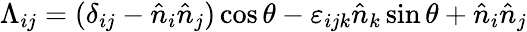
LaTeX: \Lambda_{ij}=(\delta_{ij}-{\hat{n}}_{i}{\hat{n}}_{j})\cos\theta-\varepsilon_{ijk}{\hat{n}}_{k}\sin\theta+{\hat{n}}_{i}{\hat{n}}_{j}